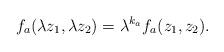
LaTeX: \begin{align*}f_a(\lambda z_1,\lambda z_2)=\lambda^{k_a}f_a(z_1,z_2). \end{align*}